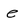
Character: e